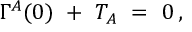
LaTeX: \Gamma ^ { A } ( 0 ) \ + \ T _ { A } \ = \ 0 \, ,